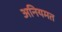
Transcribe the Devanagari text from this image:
अनियमत